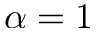
\alpha = 1